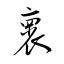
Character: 褱